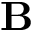
{ \bf B }